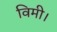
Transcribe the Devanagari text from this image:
विमी।